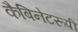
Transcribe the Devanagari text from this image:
कैबिनेटरूपी